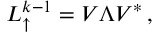
\begin{array} { r } { L _ { \uparrow } ^ { k - 1 } = V \Lambda V ^ { * } \, , } \end{array}